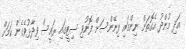
އަދި މުންދު އެގޮތަށް ނިންމައި ފިނޭންސަށް ފޮނުވި ސިޓީގައި ރައީސް ވިދާޅުވެގެން ކަމަށް